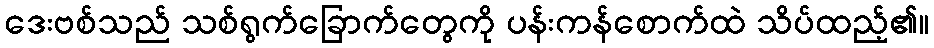
ဒေးဗစ်သည် သစ်ရွက်ခြောက်တွေကို ပန်းကန်စောက်ထဲ သိပ်ထည့်၏။